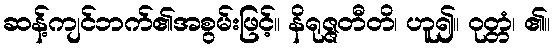
ဆန့်ကျင်ဘက်၏အစွမ်းဖြင့်။ နိရုဇ္ဇတီတိ၊ ဟူ၍။ ဝုတ္တံ၊ ၏။